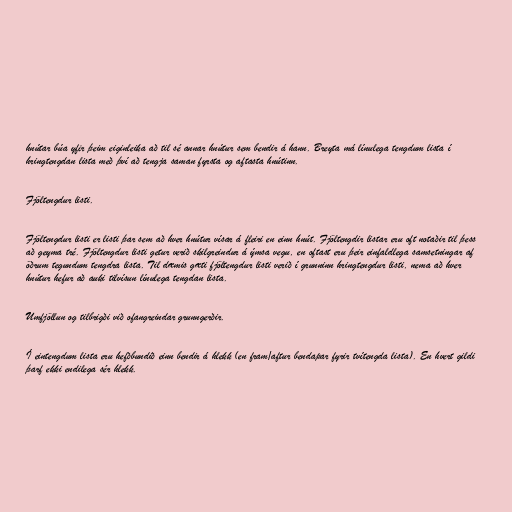
hnútar búa yfir þeim eiginleika að til sé annar hnútur sem bendir á hann. Breyta má línulega tengdum lista í
hringtengdan lista með því að tengja saman fyrsta og aftasta hnútinn.

Fjöltengdur listi.

Fjöltengdur listi er listi þar sem að hver hnútur vísar á fleiri en einn hnút. Fjöltengdir listar eru oft notaðir til þess
að geyma tré. Fjöltengdur listi getur verið skilgreindur á ýmsa vegu, en oftast eru þeir einfaldlega samsetningar af
öðrum tegundum tengdra lista. Til dæmis gæti fjöltengdur listi verið í grunninn hringtengdur listi, nema að hver
hnútur hefur að auki tilvísun línulega tengdan lista.

Umfjöllun og tilbrigði við ofangreindar grunngerðir.

Í eintengdum lista eru hefðbundið einn bendir á hlekk (en fram/aftur bendapar fyrir tvítengda lista). En hvert gildi
þarf ekki endilega sér hlekk.